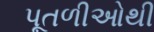
પૂતળીઓથી